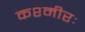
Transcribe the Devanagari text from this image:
कश्मीरः